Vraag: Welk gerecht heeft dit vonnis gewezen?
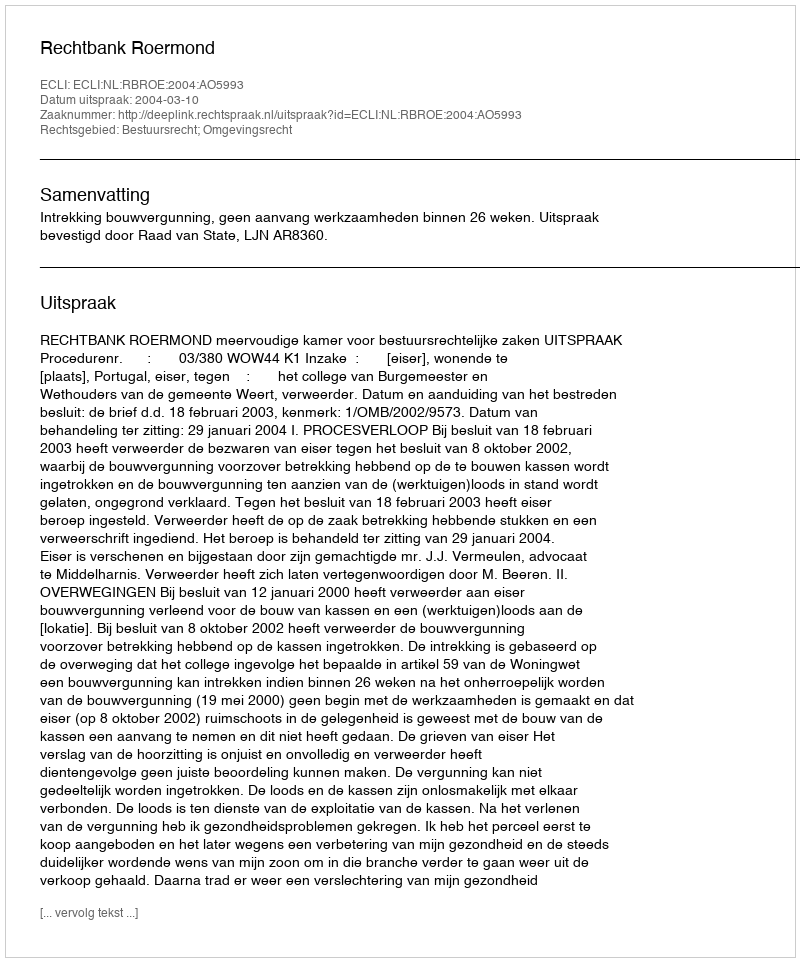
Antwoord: Rechtbank Roermond